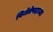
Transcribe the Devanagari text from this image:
विजेतेपदाच्या